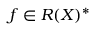
f \in R ( X ) ^ { * }